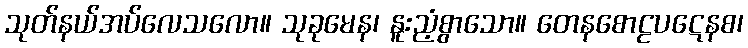
သုတ်နယ်အပ်လေသလော။ သုခုမေန၊ နူးညံ့စွာသော။ တေနစောဠပဋေနစ၊